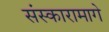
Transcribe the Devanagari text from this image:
संस्कारामागे